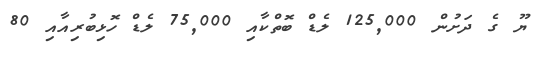
ޔޫ ގެ ދަށުން 125